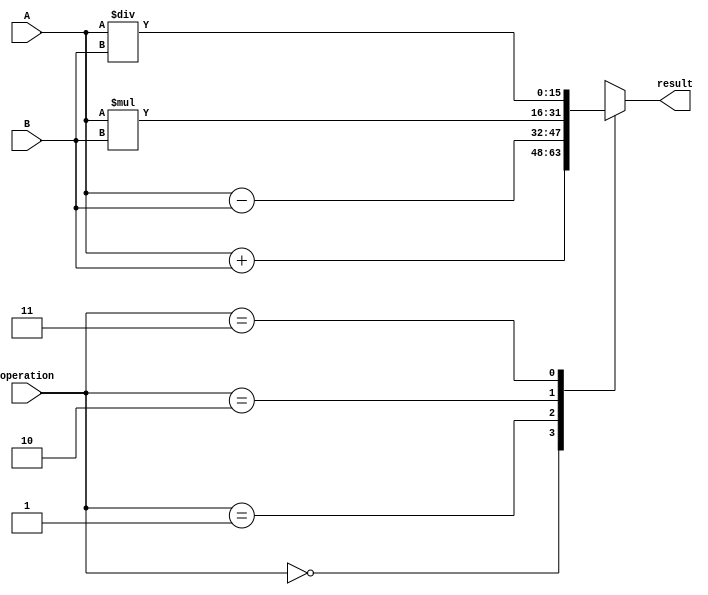
module Half_Precision_Floating_Point_Unit (
    input [15:0] A,
    input [15:0] B,
    input [1:0] operation,
    output reg [15:0] result
);

reg [15:0] add_result, sub_result, mul_result, div_result;

// Arithmetic blocks for addition, subtraction, multiplication, division
always @(*) begin
    add_result = A + B;
    sub_result = A - B;
    mul_result = A * B;
    div_result = A / B;
end

// Output based on operation selected
always @(operation) begin
    case(operation)
        2'b00: result = add_result; // Addition
        2'b01: result = sub_result; // Subtraction
        2'b10: result = mul_result; // Multiplication
        2'b11: result = div_result; // Division
    endcase
end

endmodule